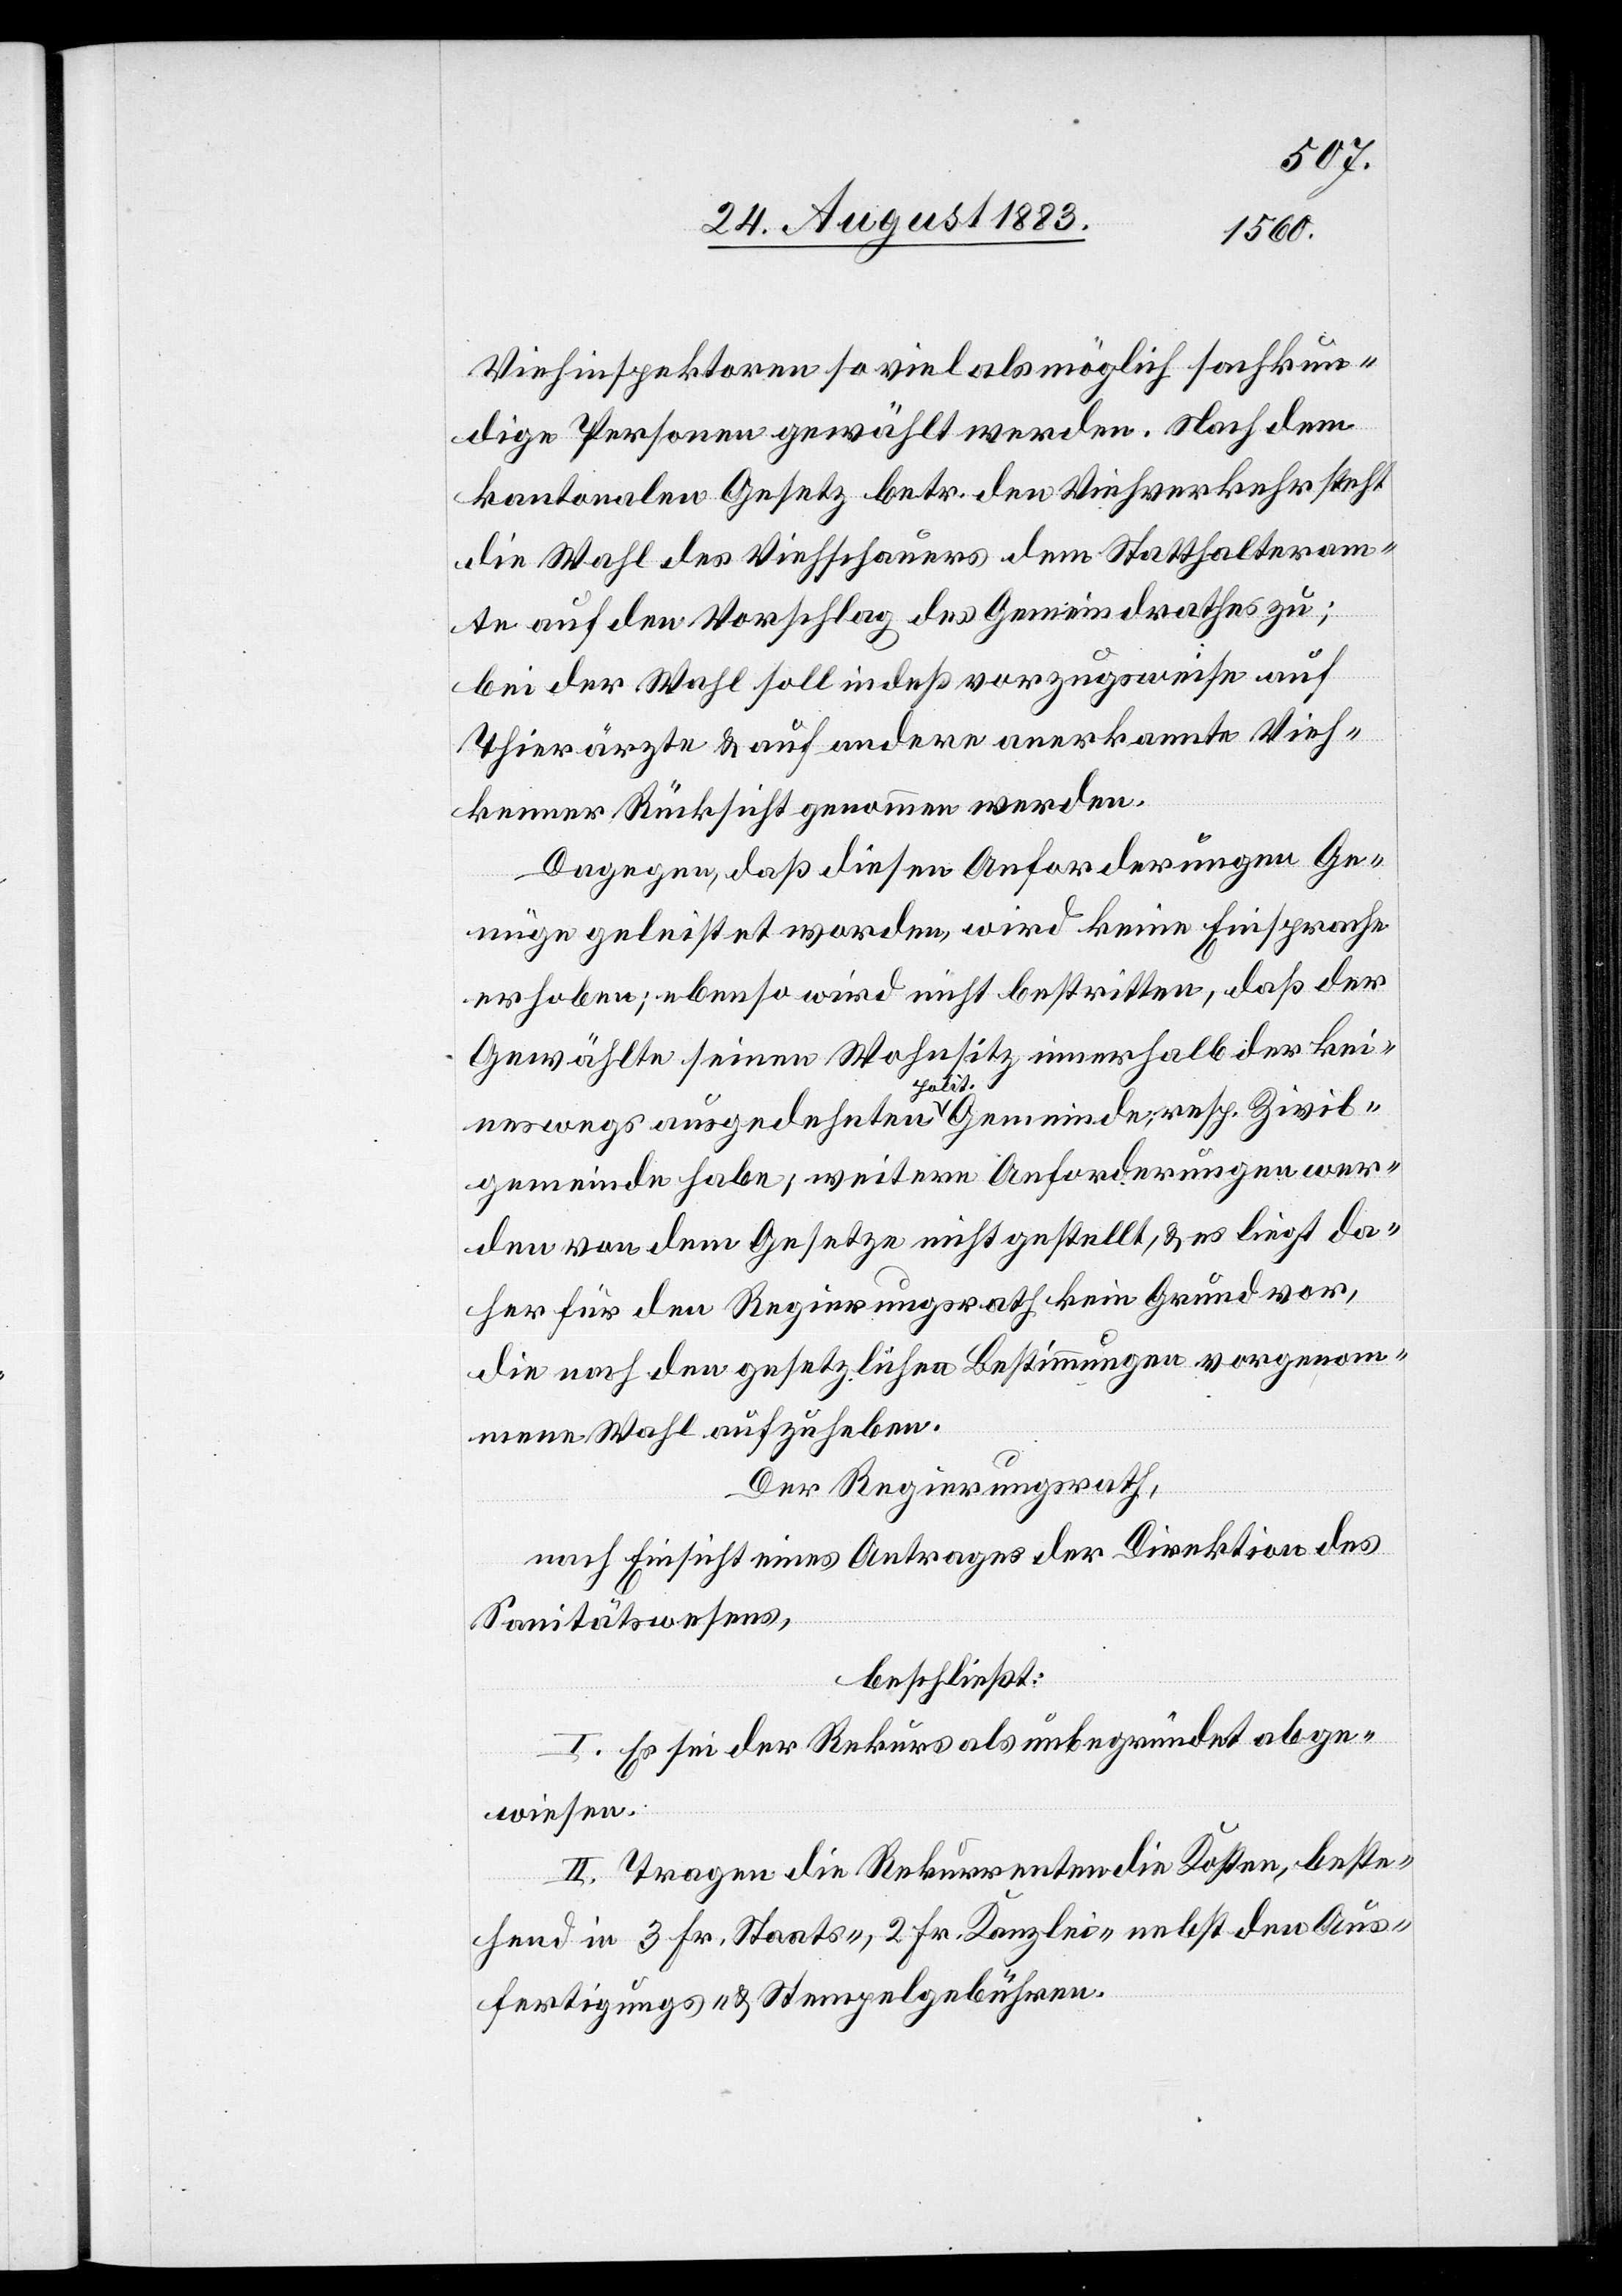
Viehinspektoren so viel als möglich fachkun¬
dige Personen gewählt werden. Nach dem
kantonalen Gesetz betr. den Viehverkehr steht
die Wahl des Viehschauers dem Statthalteram¬
te auf den Vorschlag des Gemeindrathes zu;
bei der Wahl soll indeß vorzugsweise auf
Thierärzte & auf andere anerkannte Vieh¬
kenner Rücksicht genommen werden.
Dagegen, daß diesen Anforderungen Ge¬
nüge geleistet worden, wird keine Einsprache
erhoben; ebenso wird nicht bestritten, daß der
Gewählte seinen Wohnsitz innerhalb der kei¬
neswegs ausgedehnten polit. Gemeinde, resp. Zivil¬
gemeinde habe; weitere Anforderungen wer¬
den von dem Gesetze nicht gestellt, & es liegt da¬
her für den Regierungsrath kein Grund vor.
die nach den gesetzlichen Bestimmungen vorgenom¬
mene Wahl aufzuheben.
Der Regierungsrath,
nach Einsicht eines Antrages der Direktion des
Sanitätswesens,
beschließt:
I. Es sei der Rekurs als unbegründet abge¬
wiesen.
II. Tragen die Rekurrenten die Kosten, beste¬
hend in 3 Fr. Staats-, 2 Fr. Kanzlei- nebst den Aus¬
fertigungs- & Stempelgebühren.